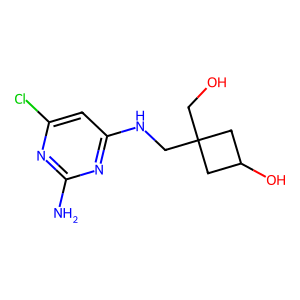
SMILES: Nc1nc(Cl)cc(NCC2(CO)CC(O)C2)n1
Inhibits HIV replication: No